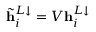
\tilde { \mathbf { h } } _ { i } ^ { L \downarrow } = V \mathbf { h } _ { i } ^ { L \downarrow }